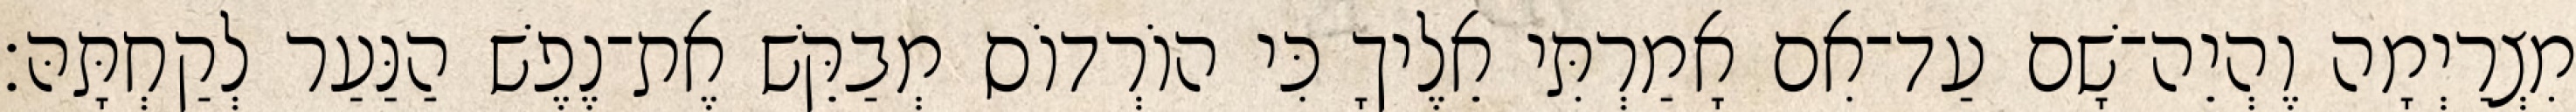
מִצְרַיְמָה וֶהְיֵה־שָׁם עַד־אִם אָמַרְתִּי אֵלֶיךָ כִּי הוֹרְדוֹס מְבַקֵּשׁ אֶת־נֶפֶשׁ הַנַּעַר לְקַחְתָּהּ׃